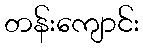
တန်းကျောင်း